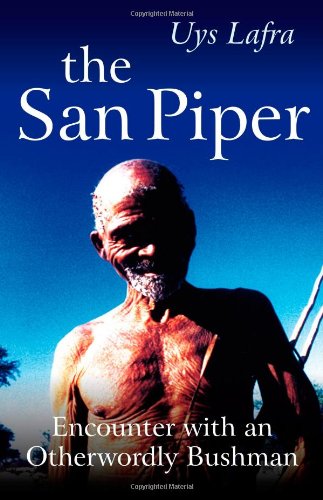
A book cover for The San Piper: Encounters with an Otherworldly Bushman; Uys Lafra; Travel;